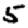
Digit: 5